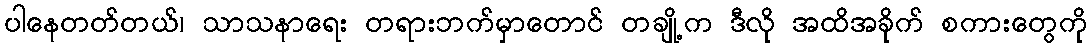
ပါနေတတ်တယ်၊ သာသနာရေး တရားဘက်မှာတောင် တချို့က ဒီလို အထိအခိုက် စကားတွေကို